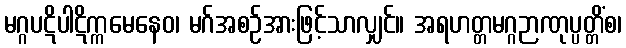
မဂ္ဂပဋိပါဋိက္ကမေနေဝ၊ မဂ်အစဉ်အားဖြင့်သာလျှင်။ အရဟတ္တမဂ္ဂဉာဏုပ္ပတ္တိံစ၊